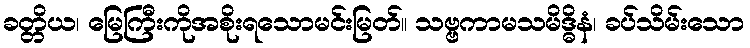
ခတ္တိယ၊ မြေကြီးကိုအစိုးရသောမင်းမြတ်။ သဗ္ဗကာမသမိဒ္ဓိနံ၊ ခပ်သိမ်းသော